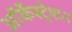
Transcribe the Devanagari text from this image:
ऑर्केस्ट्रेशन